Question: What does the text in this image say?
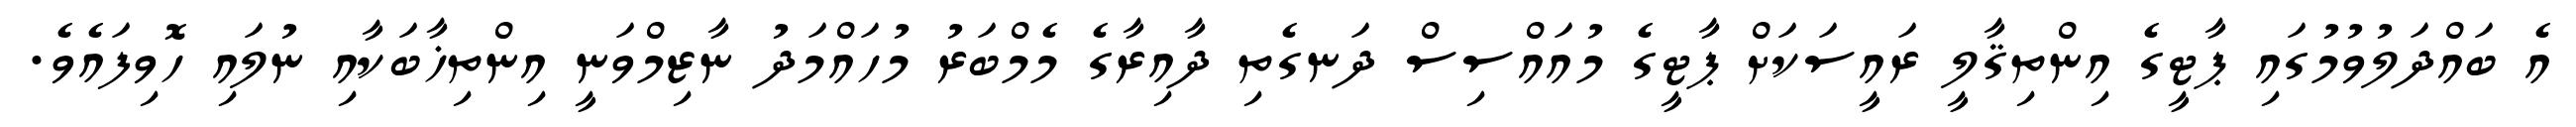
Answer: އެ ބައްދަލުވުމުގައި ޕާޓީގެ އިންތިޤާލީ ރައީސަކަށް ޕާޓީގެ މުއައްސިސް ދަނގެތި ދާއިރާގެ މެމްބަރު މުހައްމަދު ނާޒިމްވަނީ އިންތިޚާބަކާއި ނުލައި ހޮވިފައެވެ.